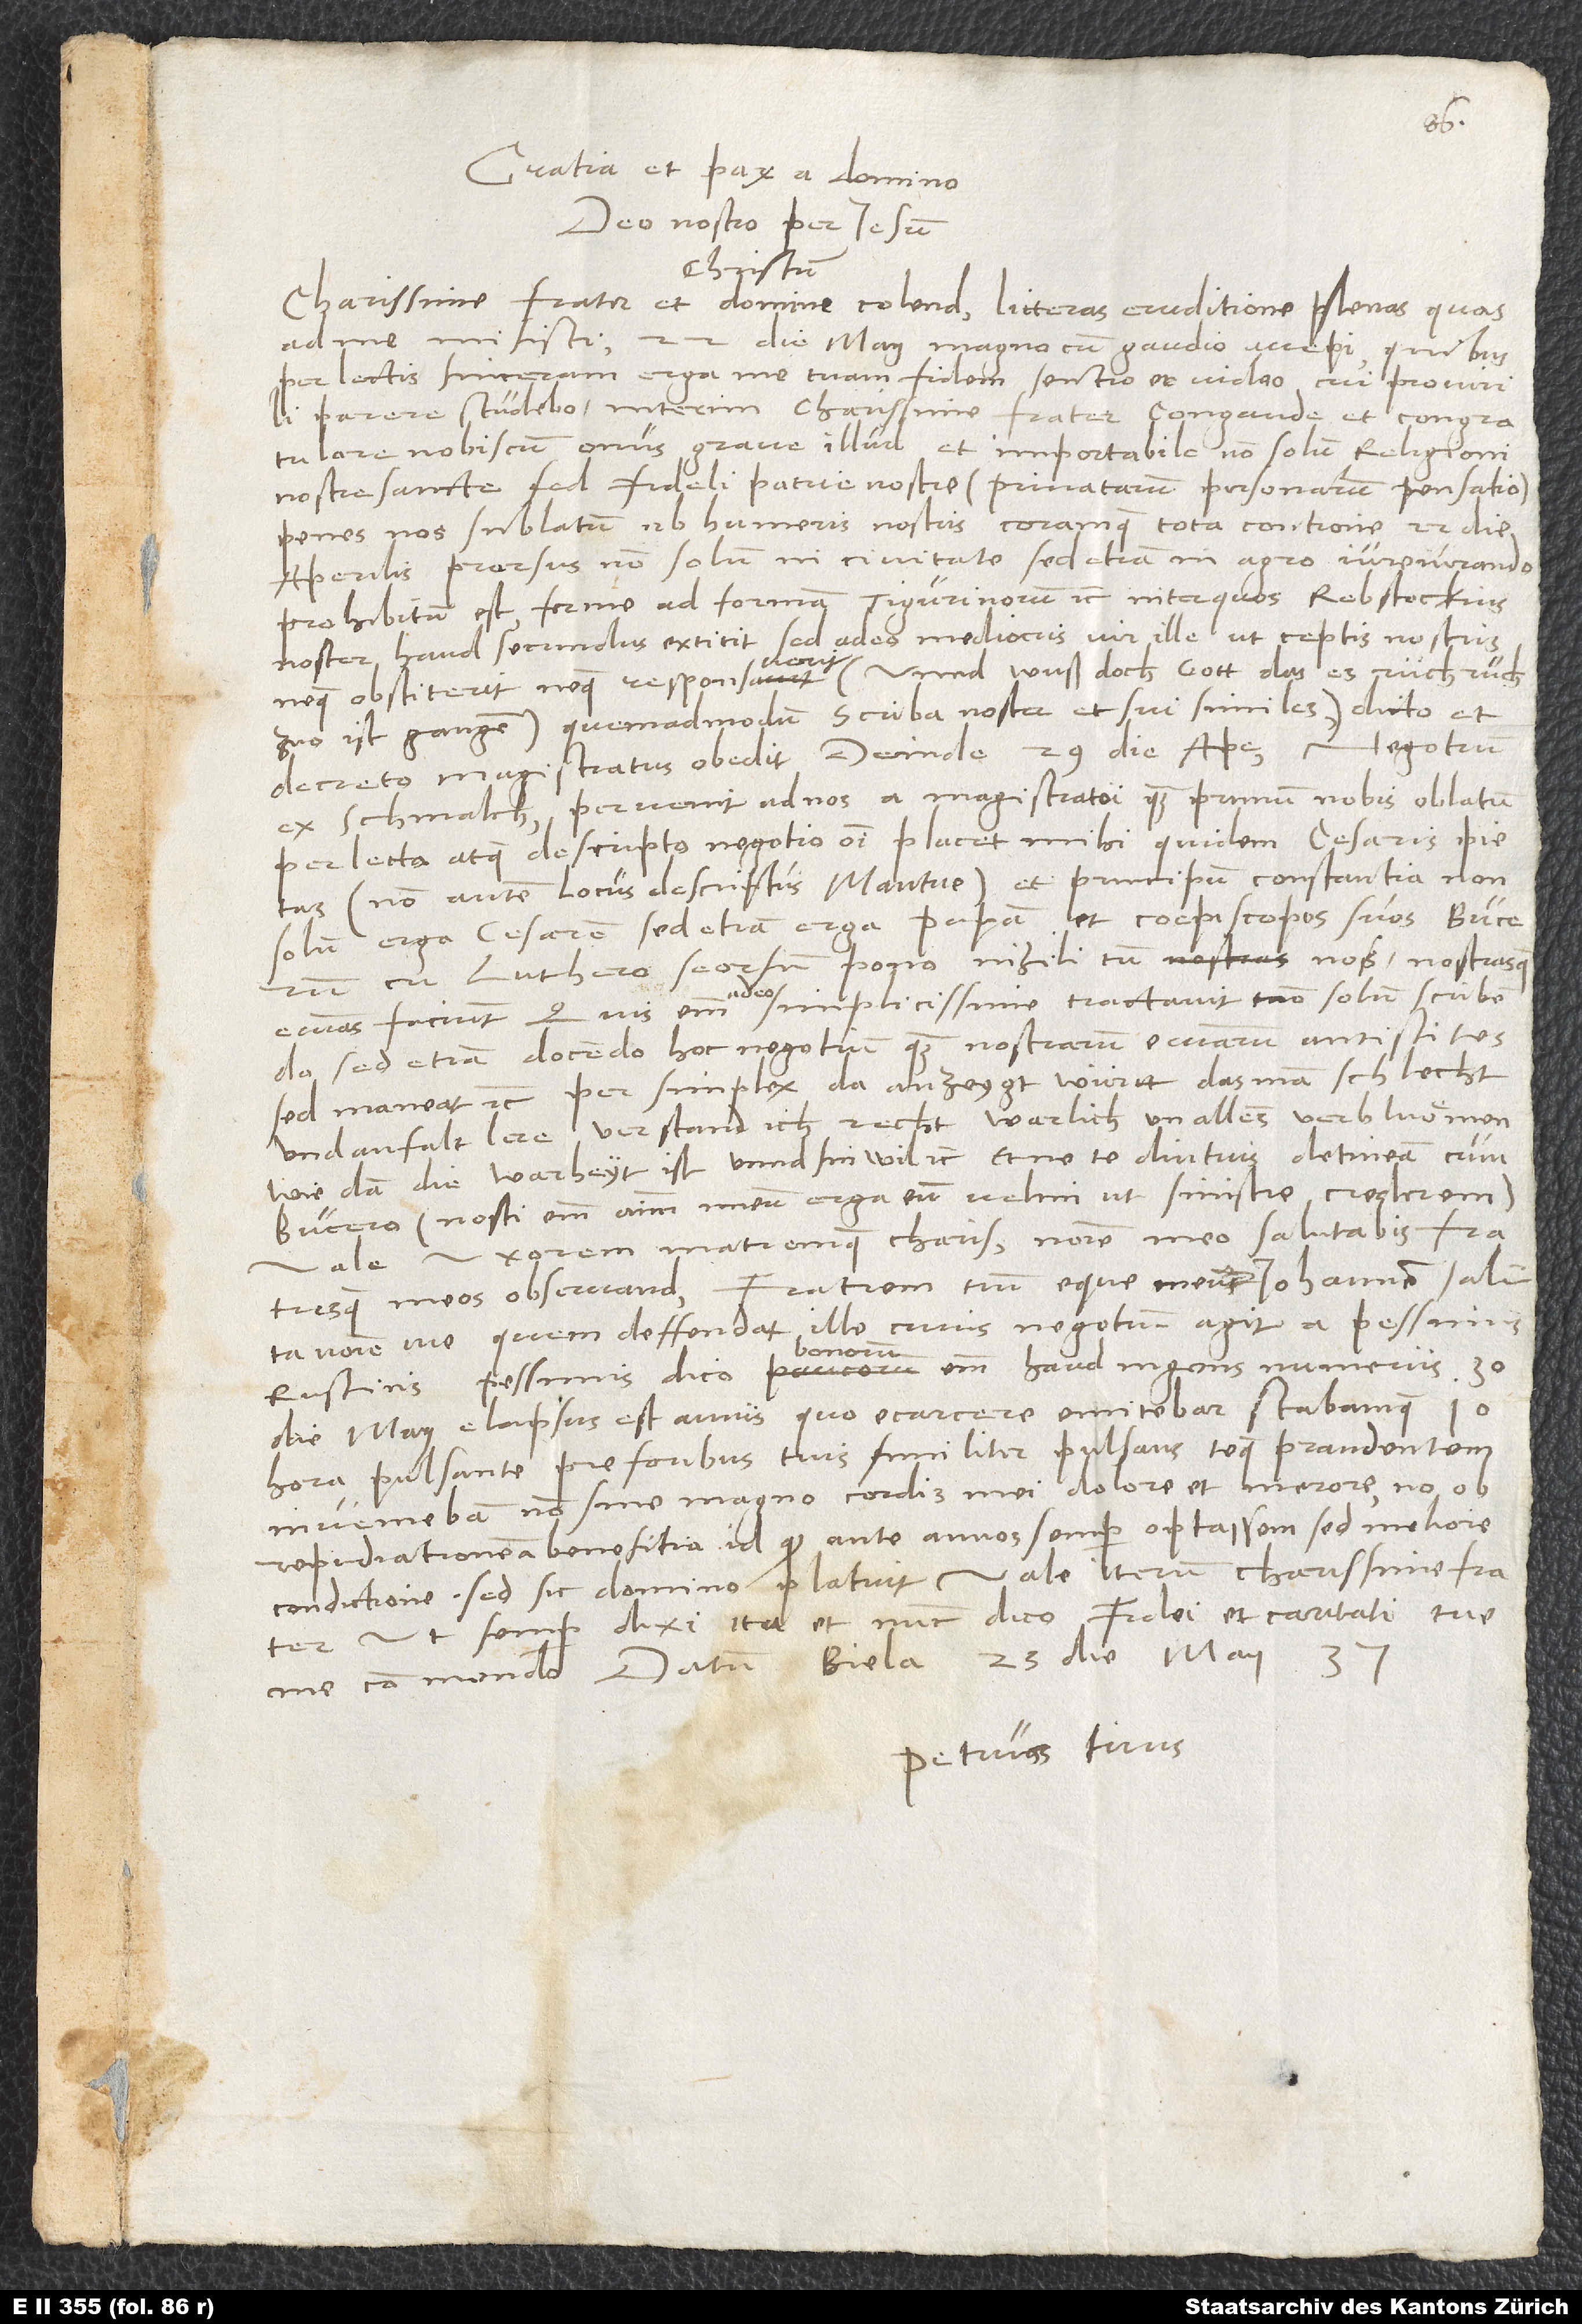
Gratia et pax a domino
Christum.
Charissime frater et domine colendissime, litteras eruditione plenas, quas
ad me misisti, 22. die maii magno cum gaudio accepi; quibus
perlectis sinceram erga me tuam fidem sentio et video, cui pro virili
parere studebo. Interim, charissime frater, congaude et congratulare
nobiscum, onus grave illud et importabile non solum religioni
nostre sancte, sed fideli patrie nostre (privatarum personarum pensatio)
penes nos sublatum ab humeris nostris, coramque tota contione 22. die
aperilis prorsus non solum in civitate, sed etiam in agro iureiurando
prohibitum est, ferme ad formam Tigurinorum etc. Inter quos Rebstockius
noster haud secundus extitit; sed adeo mediocris vir ille, ut ceptis nostris
neque obstiterit neque responsuerit (unnd wuß doch gott, das es ruch, ruch
zuo ist gangen), quemadmodum scriba noster et sui similes dicto et
decreto magistratus obedit. Deinde 29. die aperilis negotium
ex Schmalch pervenit ad nos, a magistratu quam primum nobis oblatum.
Perlecto atque descripto negotio omni placet mihi quidem cesaris pietas
(non autem locus descriptus Mantue) et principum constantia, non
solum erga cesarem, sed etiam erga papam et coepiscopos suos. Bucerum
cum Luthero seorsum pono; nihili tum nos nostrasque
deo
ecclesias faciunt. Quis enim adeo simplicissime tractavit non solum scribendo,
sed etiam docendo hoc negotium quam nostrarum ecclesiarum antistites?
Sed maneat etc. Per simplex: Da anzeygt wurtt, das man schlecht
und anfalt lere verstand ich: recht, warlich, un alles verbluömen,
wie dan die warheyt ist unnd sin wil etc. Et ne te diutius detineam cum
Bucero (nosti enim animum meum erga eum; velim ut sinistre crederem),
vale! Uxorem matremque charissimam nomine meo salutabis fratresque
meos observandos. Fratrem tuum eque meum Iohannem saluta
nomine meo, quem deffendat ille, cuius negotium agit, a pessimis
rusticis; pessimis dico, bonorum enim haud ingens numerus. 30.
die maii elapsus est annus, quo e carcere emittebar stabamque 10.
hora pulsante pre foribus tuis, similiter pulsans, teque prandentem
inveniebam, non sine magno cordis mei dolore et merore, non ob
repudiationem a beneficio, id quod ante annos semper optassem, sed meliore
condictione. Sed sic domino placuit. Vale iterum, charissime frater.
Ut semper dixi, ita et nunc dico: Fidei et caritati tue
me commendo. Datum Biela, 25. die maii
37.
Petruss tuus.